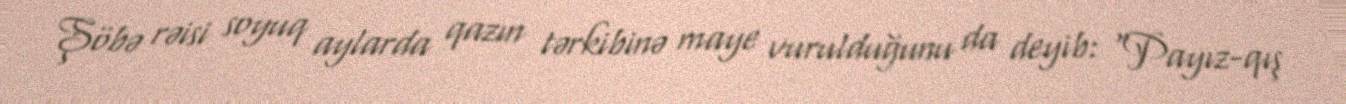
Şöbə rəisi soyuq aylarda qazın tərkibinə maye vurulduğunu da deyib: “Payız-qış